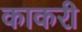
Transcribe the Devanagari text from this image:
काकरी